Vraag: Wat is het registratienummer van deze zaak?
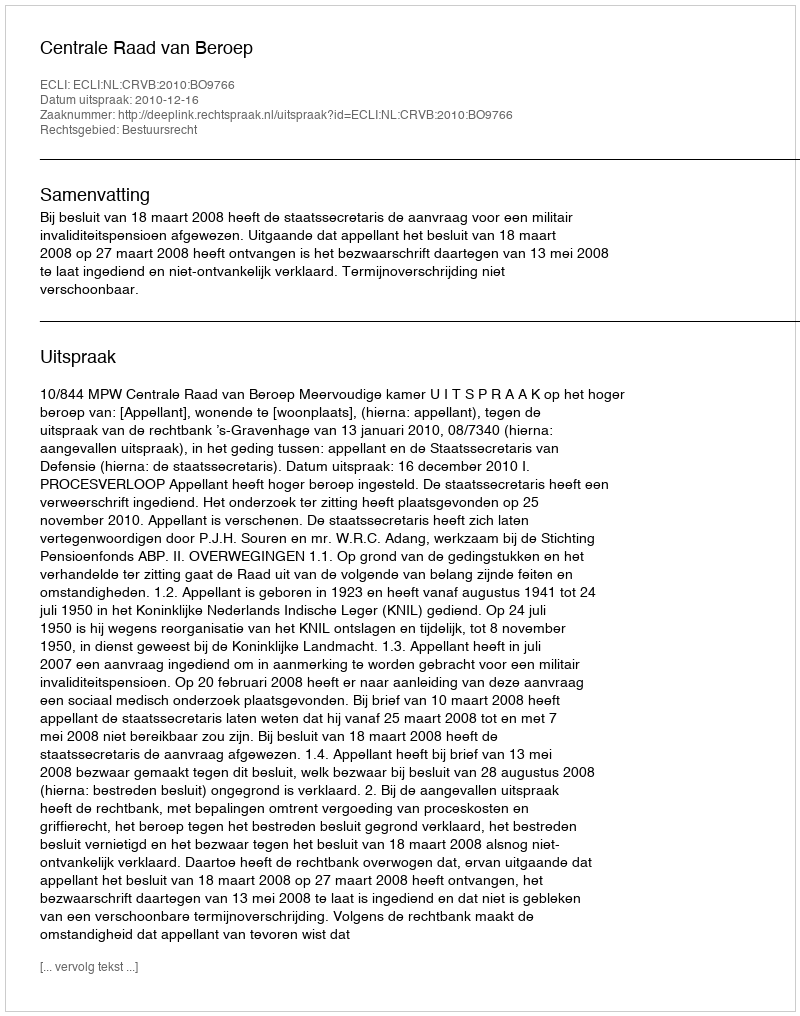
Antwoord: http://deeplink.rechtspraak.nl/uitspraak?id=ECLI:NL:CRVB:2010:BO9766